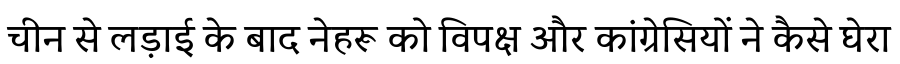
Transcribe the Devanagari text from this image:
चीन से लड़ाई के बाद नेहरू को विपक्ष और कांग्रेसियों ने कैसे घेरा